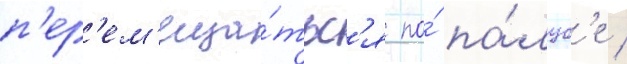
п'ер'ем'еща́тьс'я по́ па́луб'е /